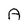
Character: A